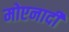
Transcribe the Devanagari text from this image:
मोएनादी